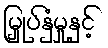
မြှုပ်နှံမှုနှင့်